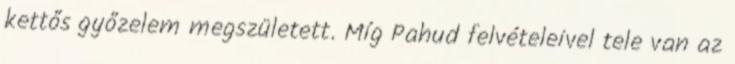
kettős győzelem megszületett. Míg Pahud felvételeivel tele van az